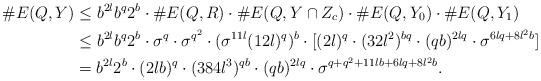
LaTeX: \begin{align*}\#E(Q,Y)&\le b^{2l}b^q2^b\cdot \#E(Q,R)\cdot \#E(Q,Y\cap Z_c)\cdot \#E(Q,Y_0)\cdot \#E(Q,Y_1)\\&\le b^{2l}b^q2^b\cdot \sigma^q \cdot \sigma^{q^2} \cdot (\sigma^{11l}(12l)^{q})^b\cdot[(2l)^q\cdot (32l^2)^{bq}\cdot (qb)^{2lq}\cdot\sigma^{6lq+8l^2b}]\\&=b^{2l}2^b\cdot(2lb)^q\cdot(384l^3)^{qb}\cdot(qb)^{2lq}\cdot\sigma^{q+q^2+11lb+6lq+8l^2b}.\end{align*}